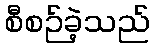
စီစဉ်ခဲ့သည်